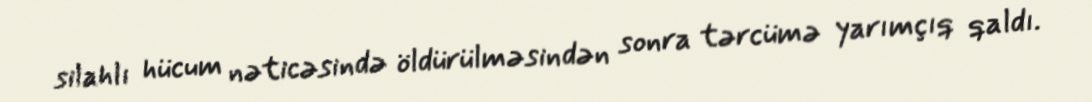
silahlı hücum nəticəsində öldürülməsindən sonra tərcümə yarımçıq qaldı.